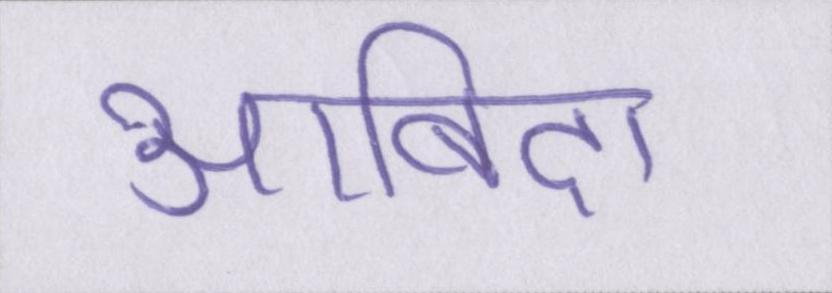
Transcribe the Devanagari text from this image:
आबिदा